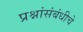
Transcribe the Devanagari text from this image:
प्रश्नांसंबंधीचे